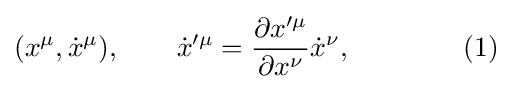
(x^{\mu },{\dot {x}}^{\mu }),\qquad {\dot {x}}'^{\mu }={\frac {\partial x'^{\mu }}{\partial x^{\nu }}}{\dot {x}}^{\nu },\qquad \qquad (1)